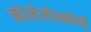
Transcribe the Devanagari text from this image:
कोलेनोस्कोपी